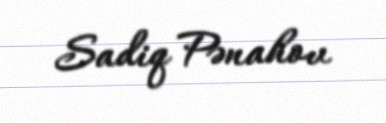
Sadiq Pənahov